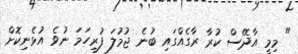
" މިމީ އާދޭސް ކުރާ ރާގެއްގައި ބުނެ ޖުމުލަ ފުރިހަމަ ނުވެ އުޅެނިކޮށް